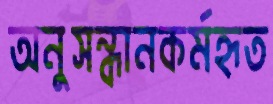
অনুসন্ধানকর্মহৃত